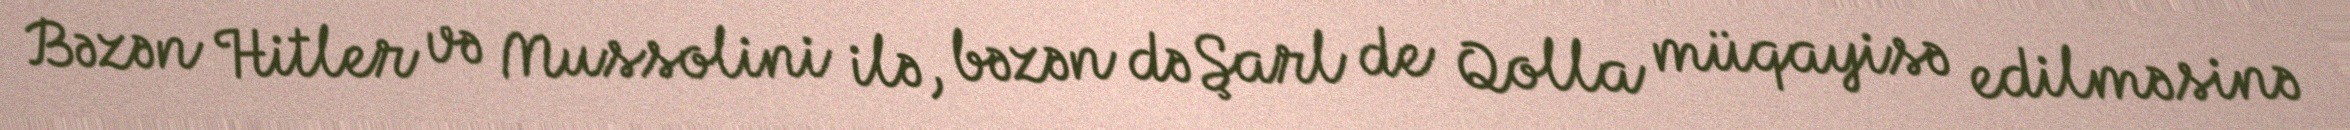
Bəzən Hitler və Mussolini ilə, bəzən də Şarl de Qolla müqayisə edilməsinə